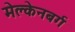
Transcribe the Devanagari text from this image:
मेक्लेनबर्ग